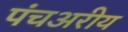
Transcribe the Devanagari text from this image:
पंचअरीय